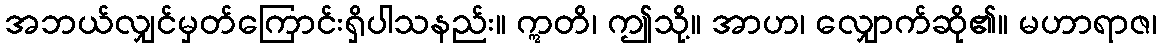
အဘယ်လျှင်မှတ်ကြောင်းရှိပါသနည်း။ ဣတိ၊ ဤသို့။ အာဟ၊ လျှောက်ဆို၏။ မဟာရာဇ၊